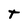
Character: t